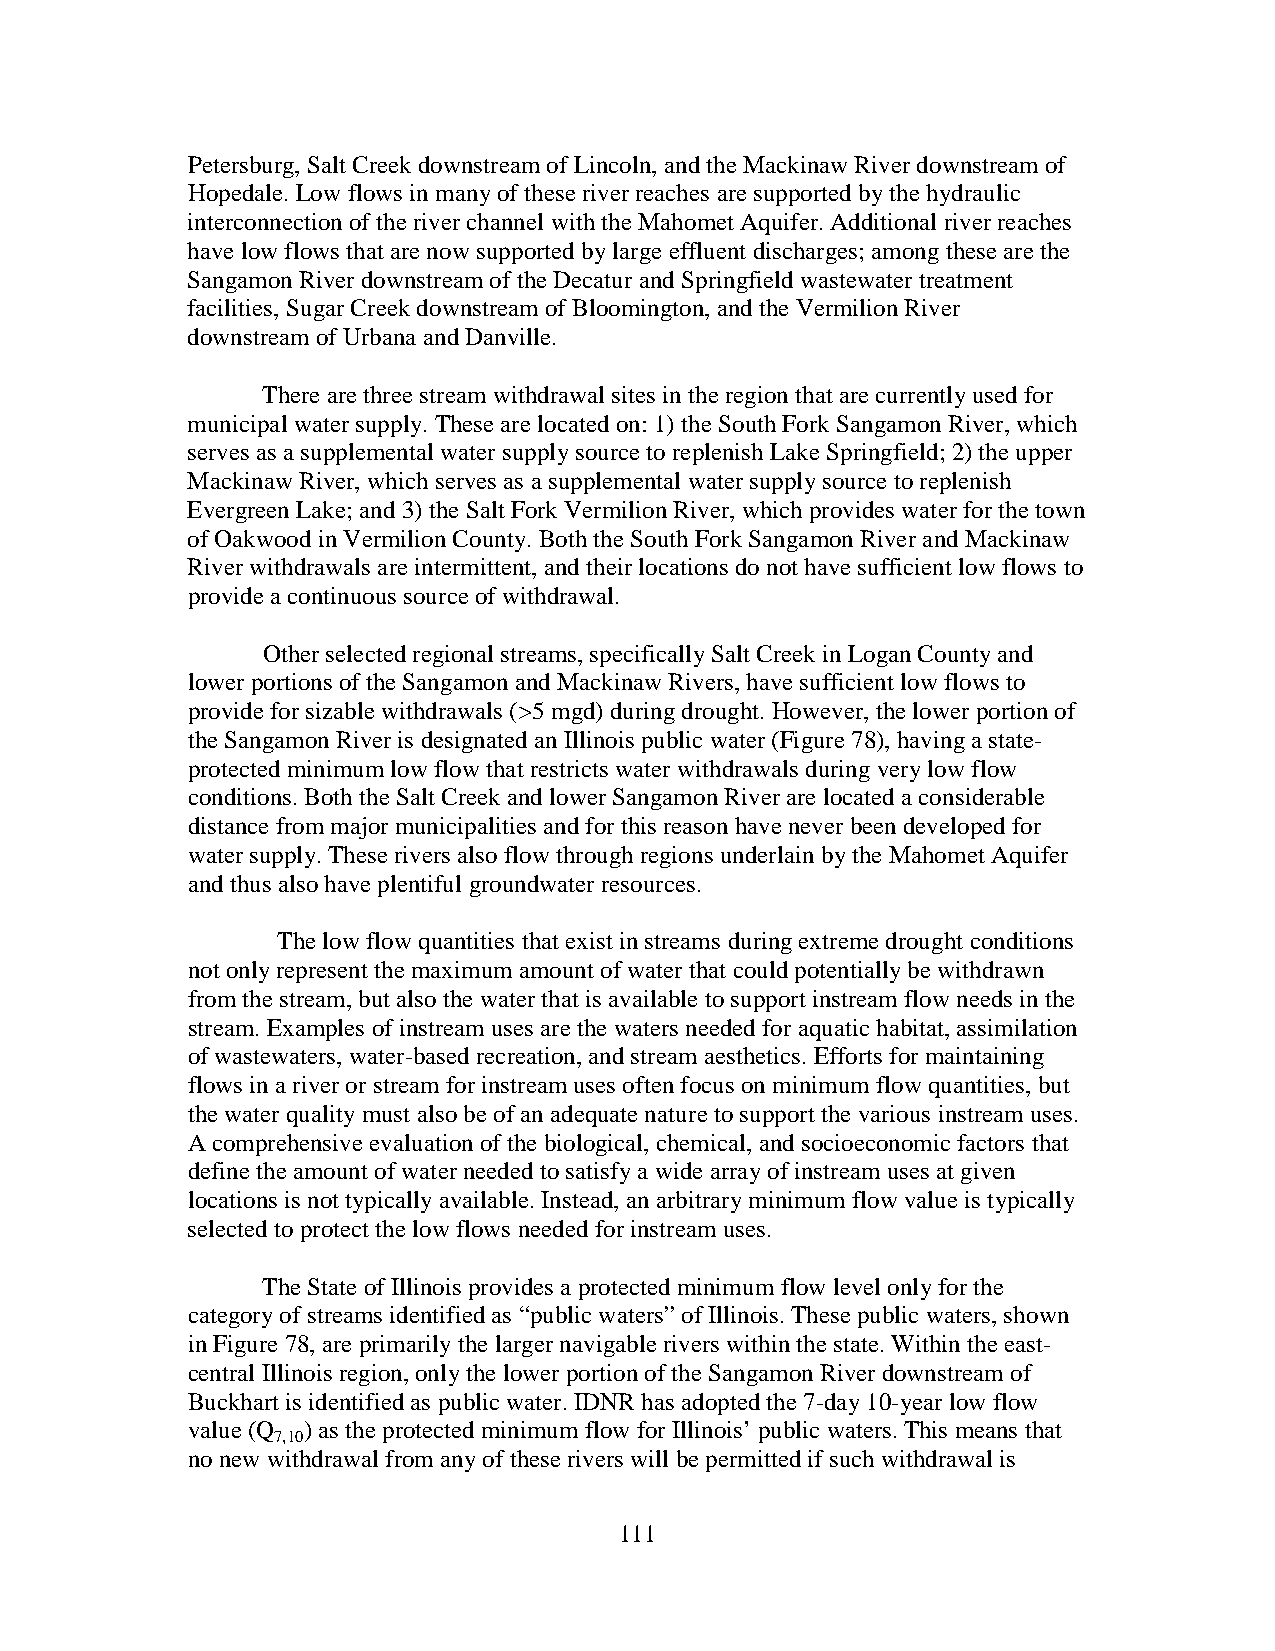
Petersburg, Salt Creek downstream of Lincoln, and the Mackinaw River downstream of
 Hopedale. Low flows in many of these river reaches are supported by the hydraulic
 interconnection of the river channel with the Mahomet Aquifer. Additional river reaches
 have low flows that are now supported by large effluent discharges; among these are the
 Sangamon River downstream of the Decatur and Springfield wastewater treatment
 facilities, Sugar Creek downstream of Bloomington, and the Vermilion River
 downstream of Urbana and Danville.
 There are three stream withdrawal sites in the region that are currently used for
 municipal water supply. These are located on: 1) the South Fork Sangamon River, which
 serves as a supplemental water supply source to replenish Lake Springfield; 2) the upper
 Mackinaw River, which serves as a supplemental water supply source to replenish
 Evergreen Lake; and 3) the Salt Fork Vermilion River, which provides water for the town
 of Oakwood in Vermilion County. Both the South Fork Sangamon River and Mackinaw
 River withdrawals are intermittent, and their locations do not have sufficient low flows to
 provide a continuous source of withdrawal.
 Other selected regional streams, specifically Salt Creek in Logan County and
 lower portions of the Sangamon and Mackinaw Rivers, have sufficient low flows to
 provide for sizable withdrawals (>5 mgd) during drought. However, the lower portion of
 the Sangamon River is designated an Illinois public water (Figure 78), having a state-
 protected minimum low flow that restricts water withdrawals during very low flow
 conditions. Both the Salt Creek and lower Sangamon River are located a considerable
 distance from major municipalities and for this reason have never been developed for
 water supply. These rivers also flow through regions underlain by the Mahomet Aquifer
 and thus also have plentiful groundwater resources.
 The low flow quantities that exist in streams during extreme drought conditions
 not only represent the maximum amount of water that could potentially be withdrawn
 from the stream, but also the water that is available to support instream flow needs in the
 stream. Examples of instream uses are the waters needed for aquatic habitat, assimilation
 of wastewaters, water-based recreation, and stream aesthetics. Efforts for maintaining
 flows in a river or stream for instream uses often focus on minimum flow quantities, but
 the water quality must also be of an adequate nature to support the various instream uses.
 A comprehensive evaluation of the biological, chemical, and socioeconomic factors that
 define the amount of water needed to satisfy a wide array of instream uses at given
 locations is not typically available. Instead, an arbitrary minimum flow value is typically
 selected to protect the low flows needed for instream uses.
 The State of Illinois provides a protected minimum flow level only for the
 category of streams identified as “public waters” of Illinois. These public waters, shown
 in Figure 78, are primarily the larger navigable rivers within the state. Within the east-
 central Illinois region, only the lower portion of the Sangamon River downstream of
 Buckhart is identified as public water. IDNR has adopted the 7-day 10-year low flow
 value (Q ) as the protected minimum flow for Illinois’ public waters. This means that
 7,10
 no new withdrawal from any of these rivers will be permitted if such withdrawal is
 111